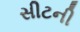
સીટની